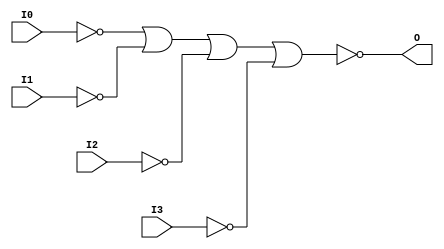
// $Header: /devl/xcs/repo/env/Databases/CAEInterfaces/verunilibs/s/NOR4B4.v,v 1.8 2003/01/21 01:55:30 wloo Exp $

/*

FUNCTION	: 4-INPUT NOR GATE

*/

`timescale  100 ps / 10 ps


module NOR4B4 (O, I0, I1, I2, I3);

    output O;

    input  I0, I1, I2, I3;

    not N3 (i3_inv, I3);
    not N2 (i2_inv, I2);
    not N1 (i1_inv, I1);
    not N0 (i0_inv, I0);
    nor O1 (O, i0_inv, i1_inv, i2_inv, i3_inv);

    specify
	(I0 *> O) = (0, 0);
	(I1 *> O) = (0, 0);
	(I2 *> O) = (0, 0);
	(I3 *> O) = (0, 0);
    endspecify

endmodule